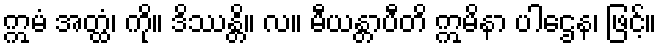
ဣမံ အတ္ထံ၊ ကို။ ဒိဿန္တိ။ လ။ မီယန္တာပီတိ ဣမိနာ ပါဌေန၊ ဖြင့်။